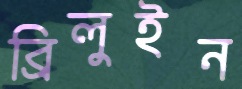
ব্রিলুইন